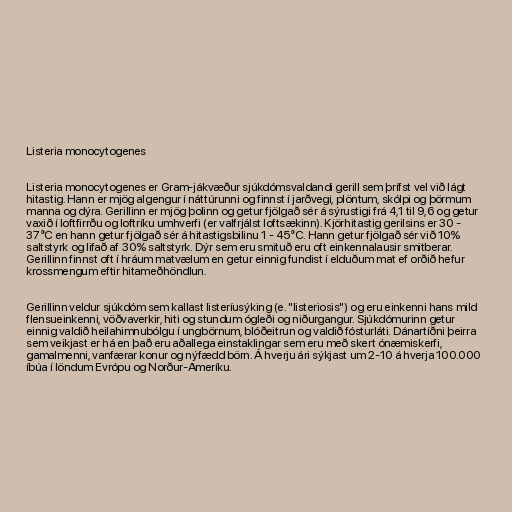
Listeria monocytogenes

Listeria monocytogenes er Gram-jákvæður sjúkdómsvaldandi gerill sem þrífst vel við lágt
hitastig. Hann er mjög algengur í náttúrunni og finnst í jarðvegi, plöntum, skólpi og þörmum
manna og dýra. Gerillinn er mjög þolinn og getur fjölgað sér á sýrustigi frá 4,1 til 9,6 og getur
vaxið í loftfirrðu og loftríku umhverfi (er valfrjálst loftsækinn). Kjörhitastig gerilsins er 30 -
37°C en hann getur fjölgað sér á hitastigsbilinu 1 - 45°C. Hann getur fjölgað sér við 10%
saltstyrk og lifað af 30% saltstyrk. Dýr sem eru smituð eru oft einkennalausir smitberar.
Gerillinn finnst oft í hráum matvælum en getur einnig fundist í elduðum mat ef orðið hefur
krossmengum eftir hitameðhöndlun.

Gerillinn veldur sjúkdóm sem kallast listeríusýking (e. "listeriosis") og eru einkenni hans mild
flensueinkenni, vöðvaverkir, hiti og stundum ógleði og niðurgangur. Sjúkdómurinn getur
einnig valdið heilahimnubólgu í ungbörnum, blóðeitrun og valdið fósturláti. Dánartíðni þeirra
sem veikjast er há en það eru aðallega einstaklingar sem eru með skert ónæmiskerfi,
gamalmenni, vanfærar konur og nýfædd börn. Á hverju ári sýkjast um 2-10 á hverja 100.000
íbúa í löndum Evrópu og Norður-Ameríku.